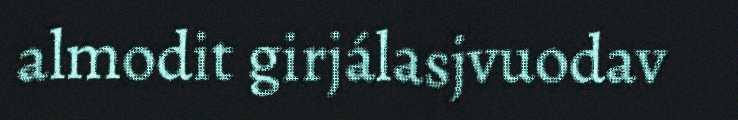
almodit girjálasjvuodav